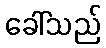
ခေါ်သည်